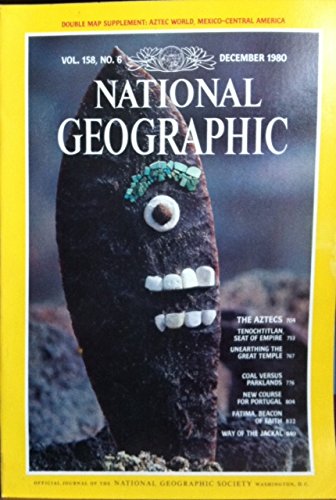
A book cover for National Geographic Vol. 158 No. 6 December 1980; National Geographic; Science & Math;